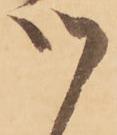
候